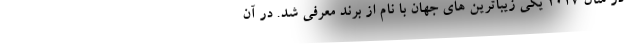
- در سال 2017 یکی زیباترین های جهان با نام از برند معرفی شد. در آن